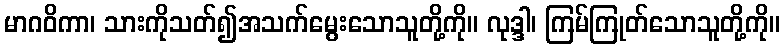
မာဂဝိကာ၊ သားကိုသတ်၍အသက်မွေးသောသူတို့ကို။ လုဒ္ဒါ၊ ကြမ်ကြုတ်သောသူတို့ကို။